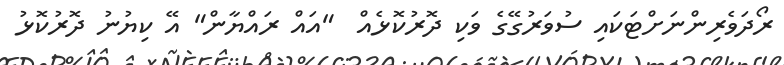
ރޯދަވެރިންނަށްޓަކައި ސުވަރުގޭގެ ވަކި ދޮރުކޮޅެއް  "އައް ރައްޔާން" އޭ ކިޔުނު ދޮރުކޮޅު